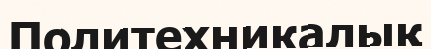
Политехникалық